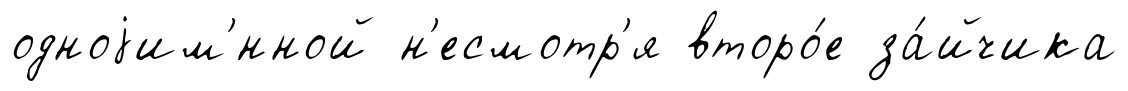
одноjим'́нной н'есмотр'я второ́е за́йчика